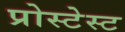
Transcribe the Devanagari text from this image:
प्रोस्टेस्ट